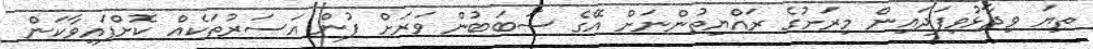
ތިޔަ ވިދާޅުވިފަދައިން މިރަށުގެ ރައްޔިތުންނަށް އޭގެ ސަބަބުން ވަރަށް ފުން އަސަރުތަކެއް ކޮށްފައިވާކަން